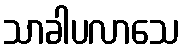
သာခါပလာသေ